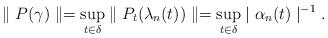
LaTeX: \begin{align*}\parallel P(\gamma)\parallel=\sup_{t\in\delta}\parallel P_{t}(\lambda_{n}(t))\parallel=\sup_{t\in\delta}\mid\alpha_{n}(t)\mid^{-1}.\end{align*}